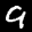
Label: 9